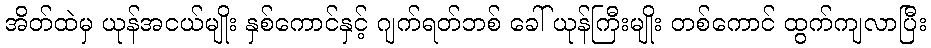
အိတ်ထဲမှ ယုန်အငယ်မျိုး နှစ်ကောင်နှင့် ဂျက်ရတ်ဘစ် ခေါ် ယုန်ကြီးမျိုး တစ်ကောင် ထွက်ကျလာပြီး